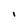
Character: i